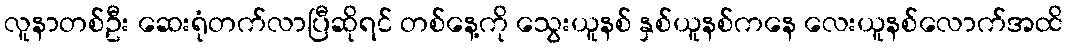
လူနာတစ်ဦး ဆေးရုံတက်လာပြီဆိုရင် တစ်နေ့ကို သွေးယူနစ် နှစ်ယူနစ်ကနေ လေးယူနစ်လောက်အထိ